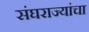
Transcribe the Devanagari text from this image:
संघराज्यांचा